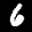
Label: 6